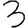
Digit: 3